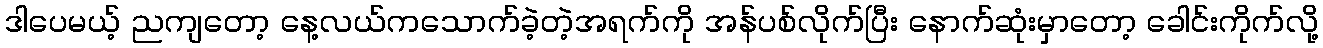
ဒါပေမယ့် ညကျတော့ နေ့လယ်ကသောက်ခဲ့တဲ့အရက်ကို အန်ပစ်လိုက်ပြီး နောက်ဆုံးမှာတော့ ခေါင်းကိုက်လို့